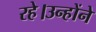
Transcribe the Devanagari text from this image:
रहे।उन्होंने